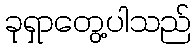
ခုရှာတွေ့ပါသည်